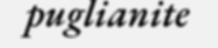
puglianite